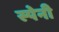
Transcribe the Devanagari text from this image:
स्‍पेनी